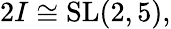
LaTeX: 2I\cong\operatorname{SL}(2,5),